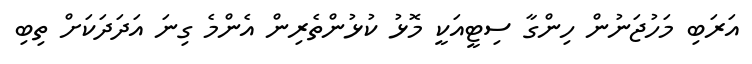
އަރަބި މަހުޖަނުން ހިންގާ ސިޓީއަކީ މޮޅު ކުޅުންތެރިން އެންމެ ގިނަ އަދަދަކަށް ތިބި